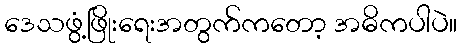
ဒေသဖွံ့ဖြိုးရေးအတွက်ကတော့ အဓိကပါပဲ။